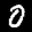
Label: 0